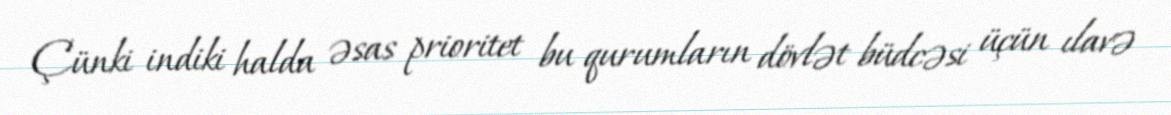
Çünki indiki halda əsas prioritet bu qurumların dövlət büdcəsi üçün ılavə